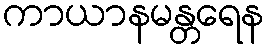
ကာယာနမန္တရေန